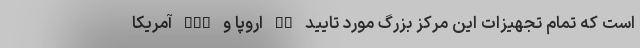
است که تمام تجهیزات این مرکز بزرگ مورد تایید CE اروپا و FDA آمریکا